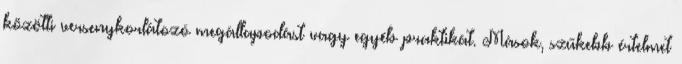
közötti versenykorlátozó megállapodást vagy egyéb praktikát. Mások, szűkebb értelmet